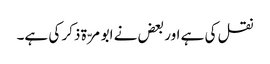
نقل کی ہے اور بعض نے ابو مرّۃ ذکر کی ہے۔